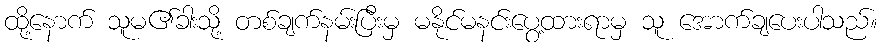
ထို့နောက် သူမ၏ခါးသို့ တစ်ချက်နမ်းပြီးမှ မနိုင်မနင်းပွေ့ထားရာမှ သူ အောက်ချပေးပါသည်။